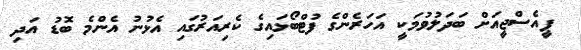
ޕީއެސްޖީއަށް ބަދަލުވުމަކީ އަހަރެންގެ ފުޓްބޯޅައިގެ ކެރިއަރުގައި އެޅުނު އެންމެ ބޮޑު އަދި